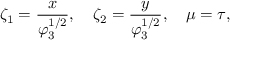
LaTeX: \zeta _ { 1 } = \frac { x } { \varphi _ { 3 } ^ { 1 / 2 } } , ~ ~ ~ \zeta _ { 2 } = \frac { y } { \varphi _ { 3 } ^ { 1 / 2 } } , ~ ~ ~ \mu = \tau ,